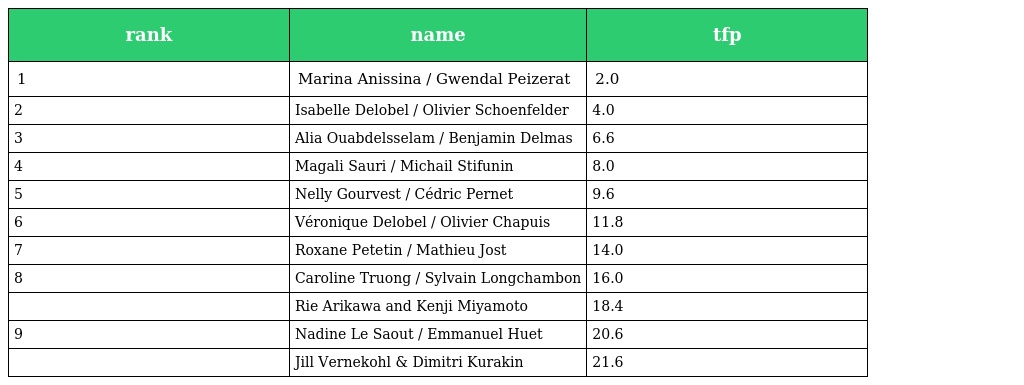
| rank | name | tfp |
 | --- | --- | --- |
 | 1 | Marina Anissina / Gwendal Peizerat | 2.0 |
 | 2 | Isabelle Delobel / Olivier Schoenfelder | 4.0 |
 | 3 | Alia Ouabdelsselam / Benjamin Delmas | 6.6 |
 | 4 | Magali Sauri / Michail Stifunin | 8.0 |
 | 5 | Nelly Gourvest / Cédric Pernet | 9.6 |
 | 6 | Véronique Delobel / Olivier Chapuis | 11.8 |
 | 7 | Roxane Petetin / Mathieu Jost | 14.0 |
 | 8 | Caroline Truong / Sylvain Longchambon | 16.0 |
 |  | Rie Arikawa and Kenji Miyamoto | 18.4 |
 | 9 | Nadine Le Saout / Emmanuel Huet | 20.6 |
 |  | Jill Vernekohl & Dimitri Kurakin | 21.6 |